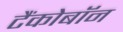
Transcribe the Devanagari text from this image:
टैंकोबाॅन